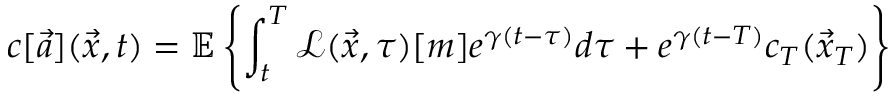
c [ \vec { a } ] ( \vec { x } , t ) = \mathbb { E } \left\{ \int _ { t } ^ { T } \mathcal { L } ( \vec { x } , \tau ) [ m ] e ^ { \gamma ( t - \tau ) } d \tau + e ^ { \gamma ( t - T ) } c _ { T } ( \vec { x } _ { T } ) \right\}